Vaccine operations Central Provinces 1868-1885 - 1868-1885
Year: 1868
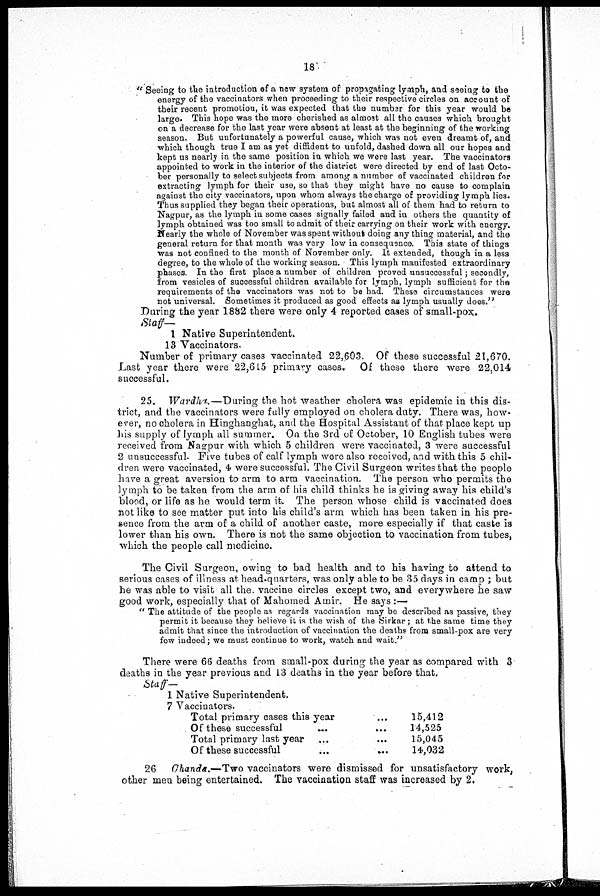
18
"Seeing to the introduction of a new system of propagating lymph, and seeing to the
energy of the vaccinators when proceeding to their respective circles on account of
their recent promotion, it was expected that the number for this year would be
large. This hope was the more cherished as almost all the causes which brought
on a decrease for the last year were absent at least at the beginning of the working
season. But unfortunately a powerful cause, which was not even dreamt of, and
which though true I am as yet diffident to unfold, dashed down all our hopes and
kept us nearly in the same position in which we were last year. The vaccinators
appointed to work in the interior of the district were directed by end of last Octo-
ber personally to select subjects from among a number of vaccinated children for
extracting lymph for their use, so that they might have no cause to complain
against the city vaccinators, upon whom always the charge of providing lymph lies.
Thus supplied they began their operations, but almost all of them had to return to
Nagpur, as the lymph in some cases signally failed and in others the quantity of
lymph obtained was too small to admit of their carrying on their work with energy.
Nearly the whole of November was spent without doing anything material, and the
general return for that month was very low in consequence. This state of things
was not confined to the month of November only. It extended, though in a less
degree, to the whole of the working season. This lymph manifested extraordinary
phases. In the first place a number of children proved unsuccessful; secondly,
from vesicles of successful children available for lymph, lymph sufficient for the
requirements of the vaccinators was not to be had. These circumstances were
not universal. Sometimes it produced as good effects as lymph usually does."
During the year 1882 there were only 4 reported cases of small-pox.
Staff—
1 Native Superintendent.
13 Vaccinators.
Number of primary cases vaccinated 22,603. Of these successful 21,670.
Last year there were 22,615 primary cases. Of these there were 22,014
successful.
25. Wardha.—During
the hot weather cholera was epidemic in this dis-
trict, and the vaccinators were fully employed on cholera duty. There was, how-
ever, no cholera in Hinghanghat, and the Hospital Assistant of that place kept up
his supply of lymph all summer. On the 3rd of October, 10 English tubes were
received from Nagpur with which 5 children were vaccinated, 3 were successful
2 unsuccessful. Five tubes of calf lymph were also received, and with this 5 chil-
dren were vaccinated, 4 were successful. The Civil Surgeon writes that the people
have a great aversion to arm to arm vaccination. The person who permits the
lymph to be taken from the arm of his child thinks he is giving away his child's
blood, or life as he would term it. The person whose child is vaccinated does
not like to see matter put into his child's arm which has been taken in his pre-
sence from the arm of a child of another caste, more especially if that caste is
lower than his own. There is not the same objection to vaccination from tubes,
which the people call medicine.
The Civil Surgeon, owing to bad health and to his having to attend to
serious cases of illness at head-quarters, was only able to be 35 days in camp ; but
he was able to visit all the. vaccine circles except two, and everywhere he saw
good work, especially that of Mahomed Amir. He says :—
" The attitude of the people as regards vaccination may be described as passive, they
permit it because they believe it is the wish of the Sirkar; at the same time they
admit that since the introduction of vaccination the deaths from small-pox are very
few indeed; we must continue to work, watch and wait."
There were 66 deaths from small-pox during the year as compared with 3
deaths in the year previous and 13 deaths in the year before that.
Staff—
1 Native Superintendent.
7 Vaccinators.
Total primary cases this year
Of these successful
...
...
Total primary last year
Of these successful
15,412
14,525
15,045
14,032
26
Chanda.—Two vaccinators were dismissed for unsatisfactory work,
other men being entertained. The vaccination staff was increased by 2.